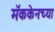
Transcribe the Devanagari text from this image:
मॅककेनच्या